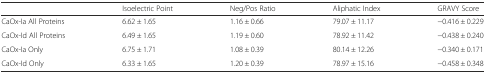
|  | Isoelectric Point | Neg/Pos Ratio | Aliphatic Index | GRAVY Score |
 | --- | --- | --- | --- | --- |
 | CaOx-Ia All Proteins | 6.62 ± 1.65 | 1.16 ± 0.66 | 79.07 ± 11.17 | −0.416 ± 0.229 |
 | CaOx-Id All Proteins | 6.49 ± 1.65 | 1.19 ± 0.60 | 78.92 ± 11.42 | −0.438 ± 0.240 |
 | CaOx-Ia Only | 6.75 ± 1.71 | 1.08 ± 0.39 | 80.14 ± 12.26 | −0.340 ± 0.171 |
 | CaOx-Id Only | 6.33 ± 1.65 | 1.20 ± 0.39 | 78.97 ± 15.16 | −0.458 ± 0.348 |